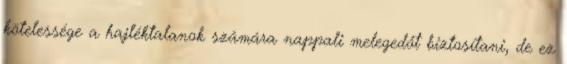
kötelessége a hajléktalanok számára nappali melegedőt biztosítani, de ez